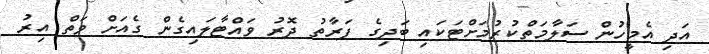
އަދި އެމީހުން ސަލާމަތްކުރުމަށްޓަކައި ބަދިގެ ފަރާތު ދޮރު ވައްޓާލައިގެން ގެއަށް ވަތް އިރު